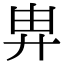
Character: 𢍁